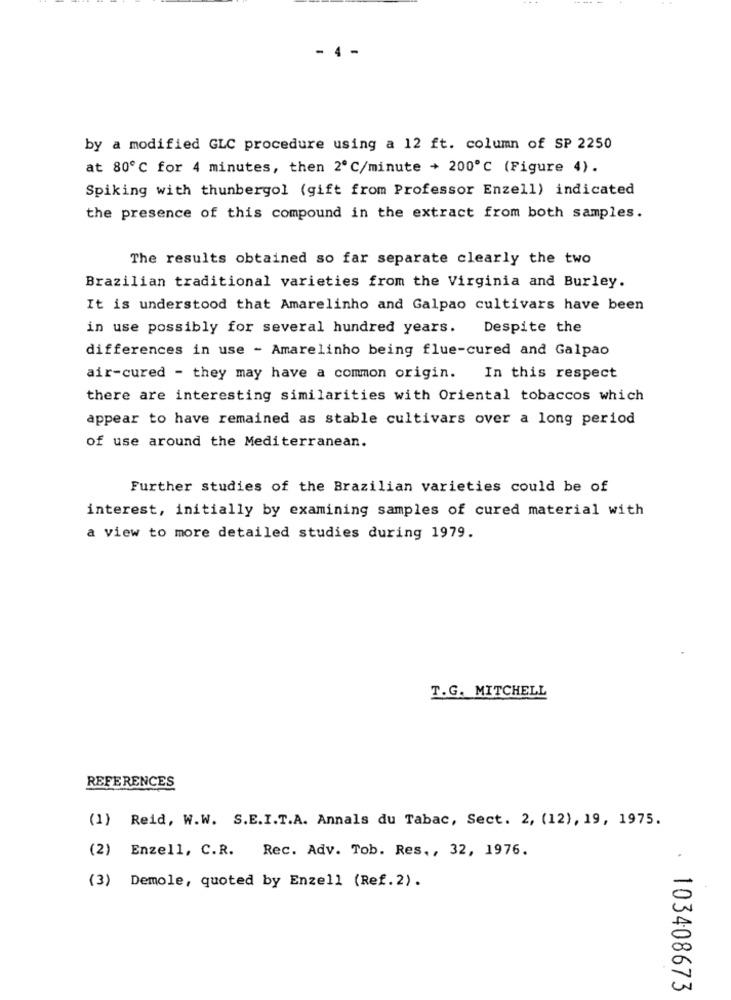
- 4 -
by a modified GLC procedure using a 12 ft. column of SP 2250
at 80℃ for 4 minutes, then 2ºC/minute + 200℃ (Figure 4).
Spiking with thunbergol (gift from Professor Enzell) indicated
the presence of this compound in the extract from both samples.
The results obtained so far separate clearly the two
Brazilian traditional varieties from the Virginia and Burley.
It is understood that Amarelinho and Galpao cultivars have been
in use possibly for several hundred years.
Despite the
differences in use - Amarelinho being flue-cured and Galpao
air-cured - they may have a common origin.
In this respect
there are interesting similarities with Oriental tobaccos which
appear to have remained as stable cultivars over a long period
of use around the Mediterranean.
Further studies of the Brazilian varieties could be of
interest, initially by examining samples of cured material with
a view to more detailed studies during 1979.
T.G. MITCHELL
REFERENCES
(1) Reid, W.W. S.E.I.T.A. Annals du Tabac, Sect. 2, (12), 19, 1975.
(2) Enzell, C.R. Rec. Adv. Tob. Res ., 32, 1976.
(3) Demole, quoted by Enzell (Ref.2).
103408673